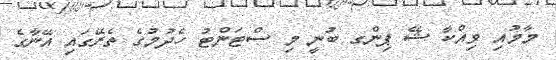
މާމުއި ވިއްކާ ޝޭ ޕިންގ ބުނީ މި ސްޓަންޓު ހެދުމުގެ ތެރޭގައި އޭނާގެ